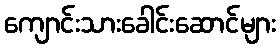
ကျောင်းသားခေါင်းဆောင်များ